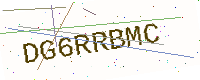
Text: DG6RRBMC